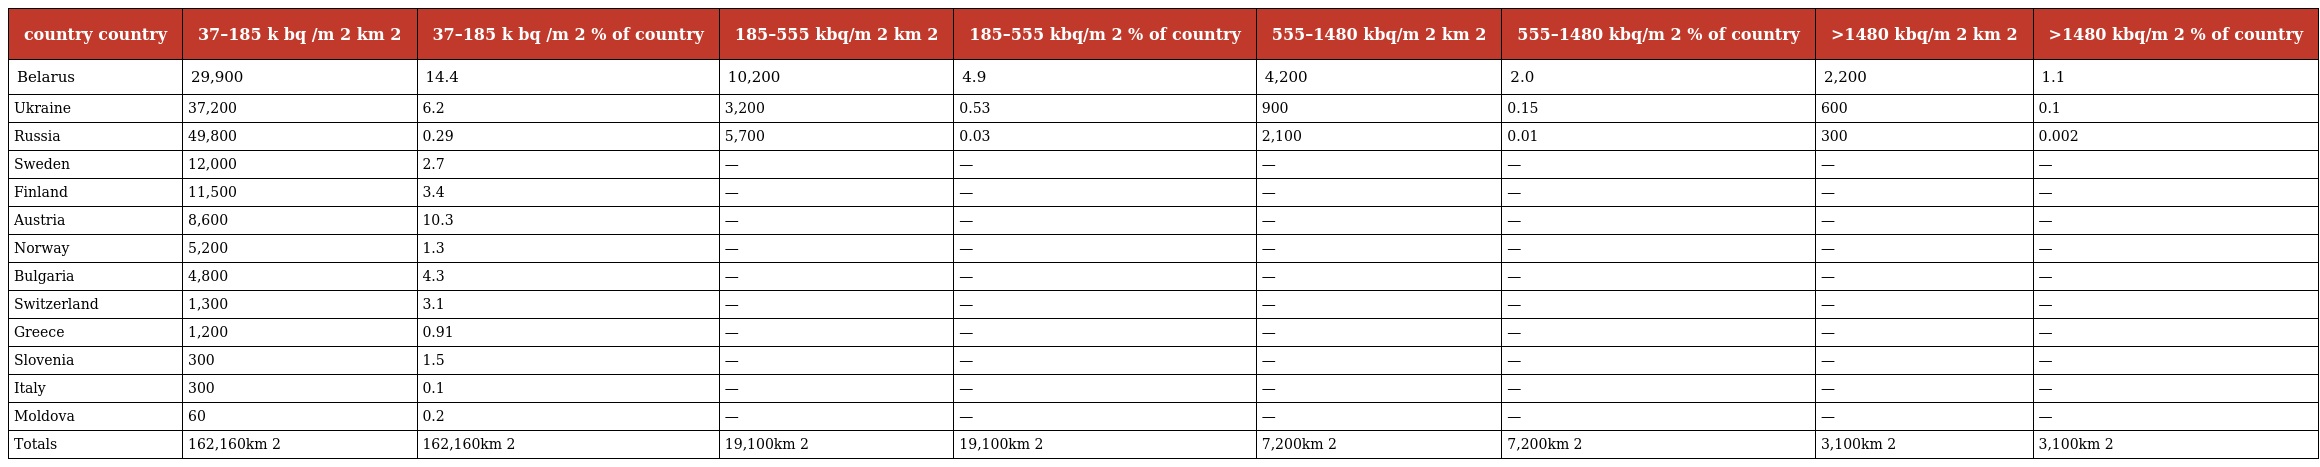
| country country | 37–185 k bq /m 2 km 2 | 37–185 k bq /m 2 % of country | 185–555 kbq/m 2 km 2 | 185–555 kbq/m 2 % of country | 555–1480 kbq/m 2 km 2 | 555–1480 kbq/m 2 % of country | >1480 kbq/m 2 km 2 | >1480 kbq/m 2 % of country |
 | --- | --- | --- | --- | --- | --- | --- | --- | --- |
 | Belarus | 29,900 | 14.4 | 10,200 | 4.9 | 4,200 | 2.0 | 2,200 | 1.1 |
 | Ukraine | 37,200 | 6.2 | 3,200 | 0.53 | 900 | 0.15 | 600 | 0.1 |
 | Russia | 49,800 | 0.29 | 5,700 | 0.03 | 2,100 | 0.01 | 300 | 0.002 |
 | Sweden | 12,000 | 2.7 | — | — | — | — | — | — |
 | Finland | 11,500 | 3.4 | — | — | — | — | — | — |
 | Austria | 8,600 | 10.3 | — | — | — | — | — | — |
 | Norway | 5,200 | 1.3 | — | — | — | — | — | — |
 | Bulgaria | 4,800 | 4.3 | — | — | — | — | — | — |
 | Switzerland | 1,300 | 3.1 | — | — | — | — | — | — |
 | Greece | 1,200 | 0.91 | — | — | — | — | — | — |
 | Slovenia | 300 | 1.5 | — | — | — | — | — | — |
 | Italy | 300 | 0.1 | — | — | — | — | — | — |
 | Moldova | 60 | 0.2 | — | — | — | — | — | — |
 | Totals | 162,160km 2 | 162,160km 2 | 19,100km 2 | 19,100km 2 | 7,200km 2 | 7,200km 2 | 3,100km 2 | 3,100km 2 |